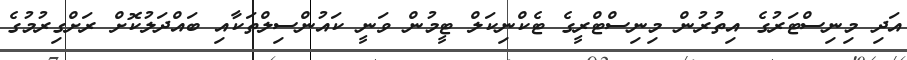
އަދި މިނިސްޓަރުގެ އިތުރުން މިނިސްޓްރީގެ ޓެކްނިކަލް ޓީމުން ވަނީ ކައުންސިލްތަކާއި ބައްދަލުކޮށް ރަށްގިރުމުގެ